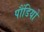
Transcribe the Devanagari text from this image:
पौंडियों